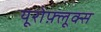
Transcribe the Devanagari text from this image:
यूरोफ़्लूक्स